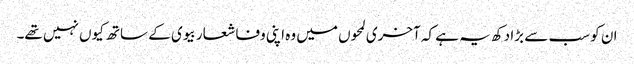
ان کو سب سے بڑا دکھ یہ ہے کہ آخری لمحوں میں وہ اپنی وفا شعار بیوی کے ساتھ کیوں نہیں تھے۔